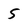
Character: 5